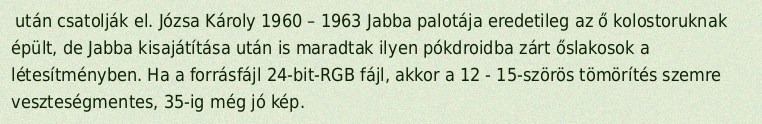
után csatolják el. Józsa Károly 1960 – 1963 Jabba palotája eredetileg az ő kolostoruknak épült, de Jabba kisajátítása után is maradtak ilyen pókdroidba zárt őslakosok a létesítményben. Ha a forrásfájl 24-bit-RGB fájl, akkor a 12 - 15-szörös tömörítés szemre veszteségmentes, 35-ig még jó kép.